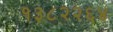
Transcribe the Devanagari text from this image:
१३८२२६४